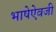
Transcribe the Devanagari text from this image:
भाषेऐवजी